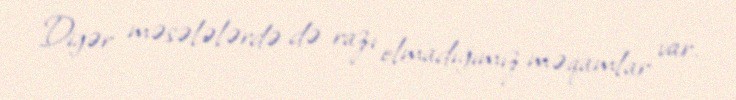
Digər məsələlərdə də razı olmadığımız məqamlar var.